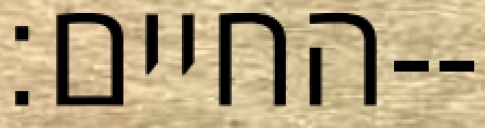
החיים׃--